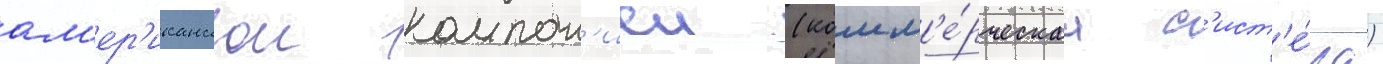
ам'ер'иканскои компан'иеи (комм'е́рческаа с'ист'е́ма)